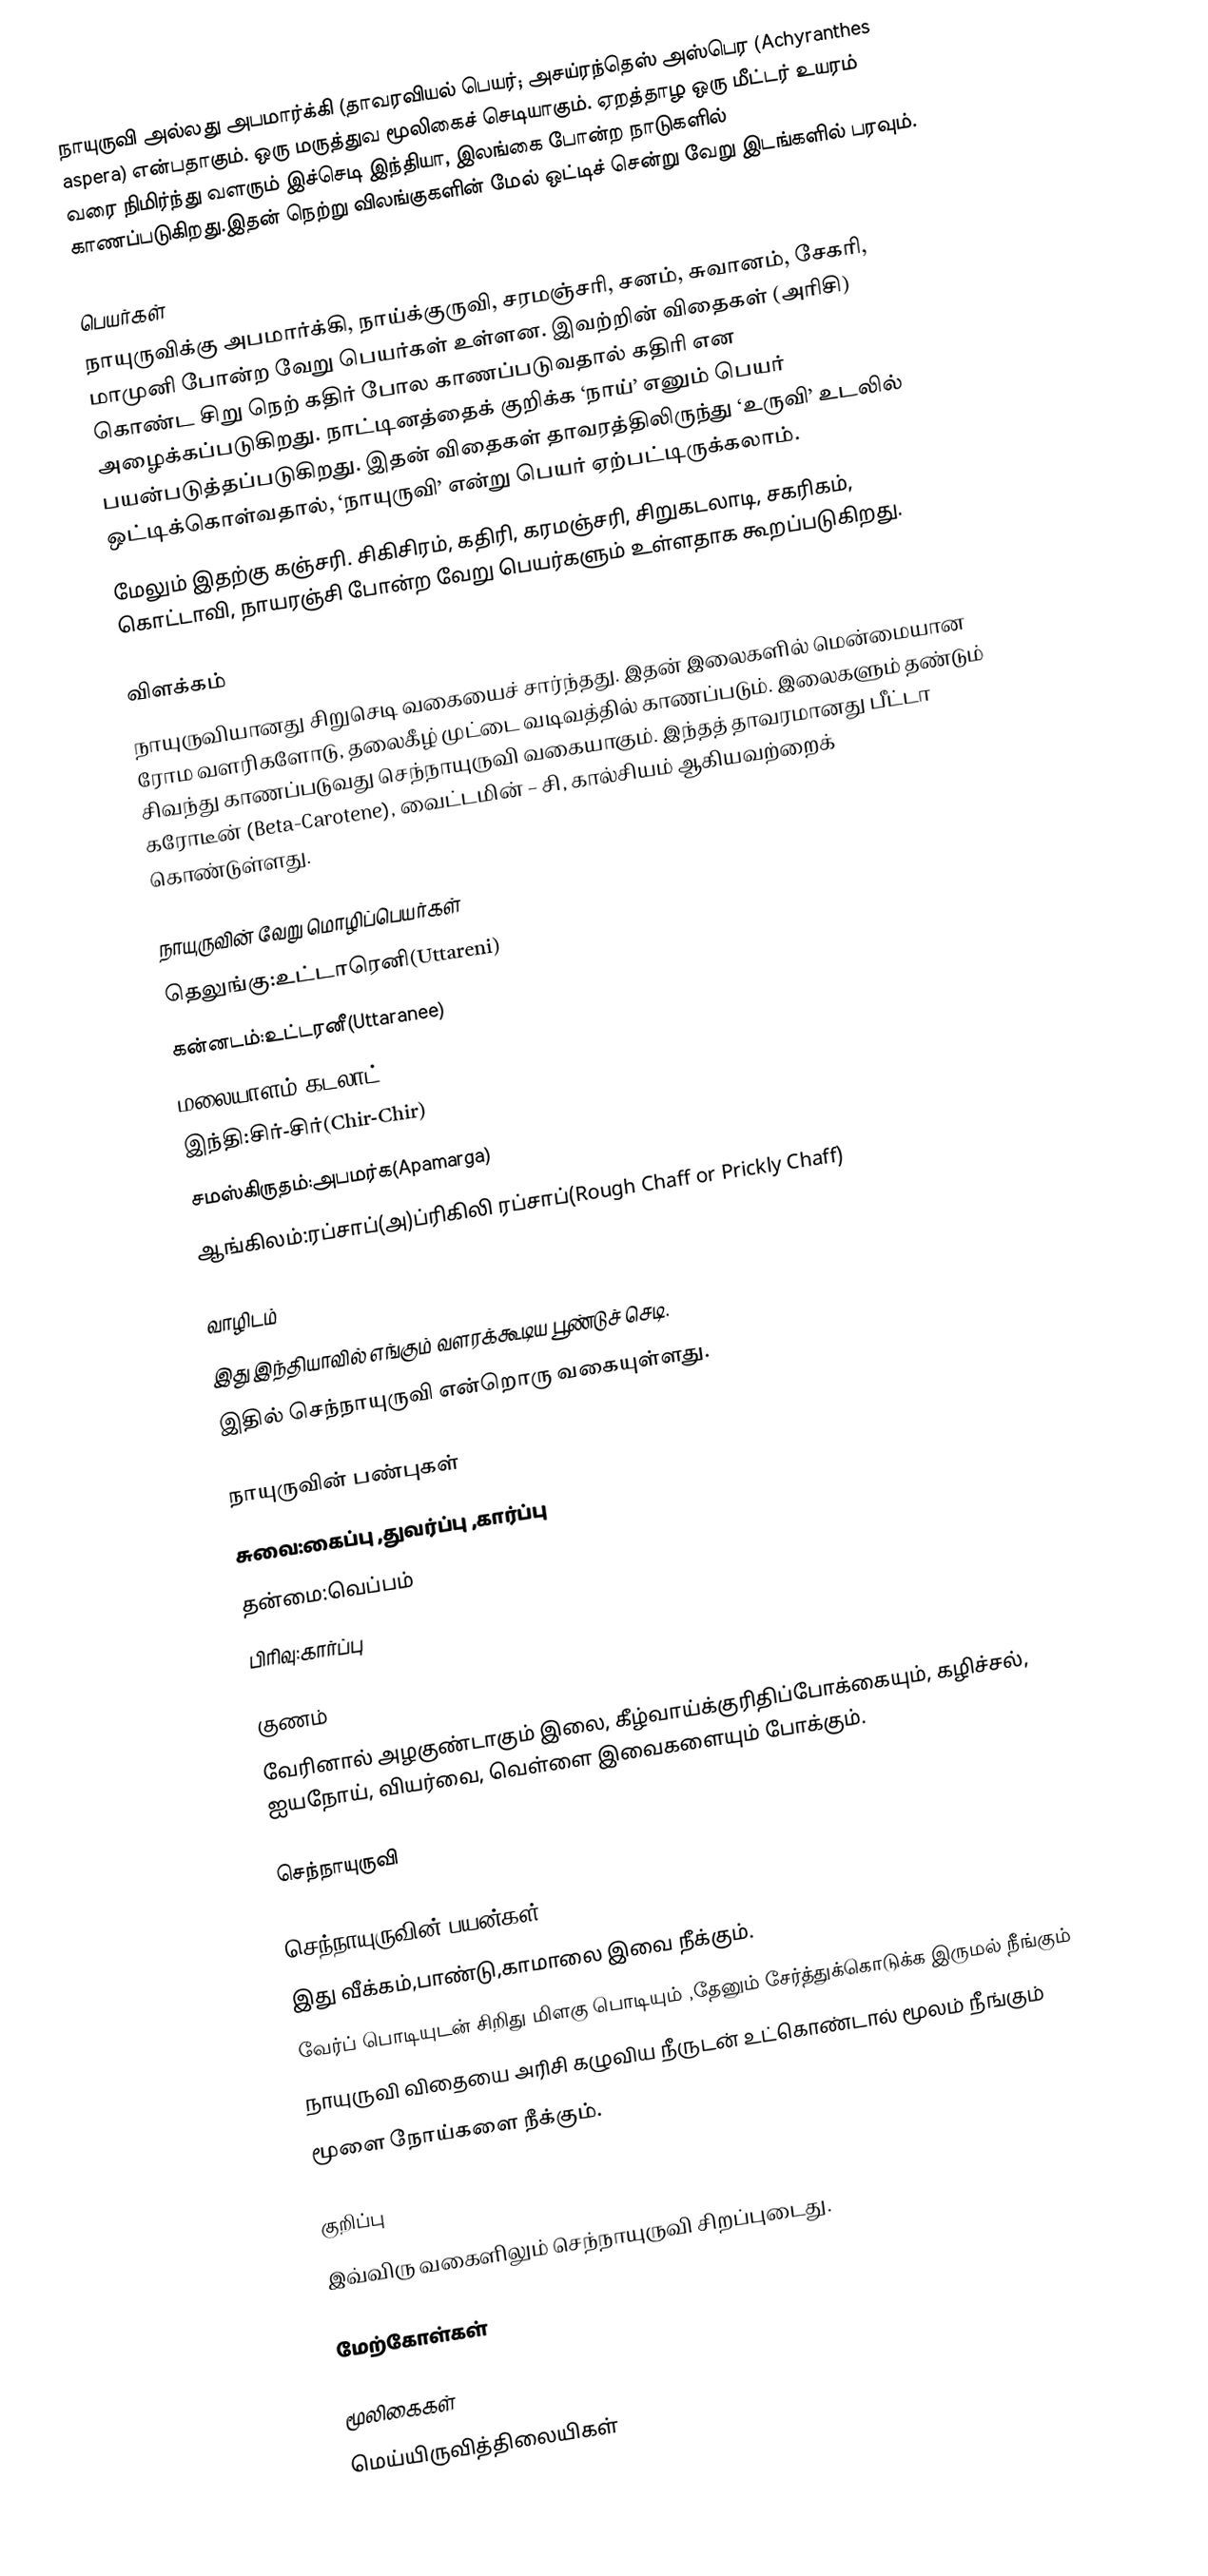
நாயுருவி அல்லது அபமார்க்கி (தாவரவியல் பெயர்; அசய்ரந்தெஸ் அஸ்பெர (Achyranthes aspera) என்பதாகும். ஒரு மருத்துவ மூலிகைச் செடியாகும். ஏறத்தாழ ஒரு மீட்டர் உயரம் வரை நிமிர்ந்து வளரும் இச்செடி இந்தியா, இலங்கை போன்ற நாடுகளில் காணப்படுகிறது.இதன் நெற்று விலங்குகளின் மேல் ஒட்டிச் சென்று வேறு இடங்களில் பரவும்.

பெயர்கள்
நாயுருவிக்கு அபமார்க்கி, நாய்க்குருவி, சரமஞ்சரி, சனம், சுவானம், சேகரி, மாமுனி போன்ற வேறு பெயர்கள் உள்ளன. இவற்றின் விதைகள் (அரிசி) கொண்ட சிறு நெற் கதிர் போல காணப்படுவதால் கதிரி என அழைக்கப்படுகிறது. நாட்டினத்தைக் குறிக்க ‘நாய்’ எனும் பெயர் பயன்படுத்தப்படுகிறது. இதன் விதைகள் தாவரத்திலிருந்து ‘உருவி’ உடலில் ஒட்டிக்கொள்வதால், ‘நாயுருவி’ என்று பெயர் ஏற்பட்டிருக்கலாம்.
மேலும் இதற்கு கஞ்சரி. சிகிசிரம், கதிரி, கரமஞ்சரி, சிறுகடலாடி, சகரிகம், கொட்டாவி, நாயரஞ்சி போன்ற வேறு பெயர்களும் உள்ளதாக கூறப்படுகிறது.

விளக்கம்
நாயுருவியானது சிறுசெடி வகையைச் சார்ந்தது. இதன் இலைகளில் மென்மையான ரோம வளரிகளோடு, தலைகீழ் முட்டை வடிவத்தில் காணப்படும். இலைகளும் தண்டும் சிவந்து காணப்படுவது செந்நாயுருவி வகையாகும். இந்தத் தாவரமானது பீட்டா கரோடீன் (Beta-Carotene), வைட்டமின் – சி, கால்சியம் ஆகியவற்றைக் கொண்டுள்ளது.

நாயுருவின் வேறு மொழிப்பெயர்கள்
தெலுங்கு:உட்டாரெனி(Uttareni)
கன்னடம்:உட்டரனீ(Uttaranee)
மலையாளம்:கடலாட்(Kadalad)
இந்தி:சிர்-சிர்(Chir-Chir)
சமஸ்கிருதம்:அபமர்க(Apamarga)
ஆங்கிலம்:ரப்சாப்(அ)ப்ரிகிலி ரப்சாப்(Rough Chaff or Prickly Chaff)

வாழிடம்
இது இந்தியாவில் எங்கும் வளரக்கூடிய பூண்டுச் செடி.
இதில் செந்நாயுருவி என்றொரு வகையுள்ளது.

நாயுருவின் பண்புகள்
சுவை:கைப்பு ,துவர்ப்பு ,கார்ப்பு
தன்மை:வெப்பம்
பிரிவு:கார்ப்பு

குணம்
வேரினால் அழகுண்டாகும் இலை, கீழ்வாய்க்குரிதிப்போக்கையும், கழிச்சல், ஐயநோய், வியர்வை, வெள்ளை இவைகளையும் போக்கும்.

செந்நாயுருவி

செந்நாயுருவின் பயன்கள்
இது வீக்கம்,பாண்டு,காமாலை இவை நீக்கும்.
வேர்ப் பொடியுடன் சிறிது மிளகு பொடியும் ,தேனும் சேர்த்துக்கொடுக்க இருமல் நீங்கும்
நாயுருவி விதையை அரிசி கழுவிய நீருடன் உட்கொண்டால் மூலம் நீங்கும்
மூளை நோய்களை நீக்கும்.

குறிப்பு
இவ்விரு வகைளிலும் செந்நாயுருவி சிறப்புடைது.

மேற்கோள்கள்

மூலிகைகள்
மெய்யிருவித்திலையிகள்